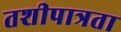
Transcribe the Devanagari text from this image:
तशीपात्रता